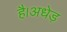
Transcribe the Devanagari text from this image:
है।अधेड़